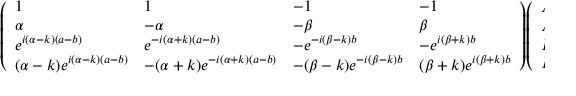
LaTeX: { \left( \begin{array} { l l l l } { 1 } & { 1 } & { - 1 } & { - 1 } \\ { \alpha } & { - \alpha } & { - \beta } & { \beta } \\ { e ^ { i ( \alpha - k ) ( a - b ) } } & { e ^ { - i ( \alpha + k ) ( a - b ) } } & { - e ^ { - i ( \beta - k ) b } } & { - e ^ { i ( \beta + k ) b } } \\ { ( \alpha - k ) e ^ { i ( \alpha - k ) ( a - b ) } } & { - ( \alpha + k ) e ^ { - i ( \alpha + k ) ( a - b ) } } & { - ( \beta - k ) e ^ { - i ( \beta - k ) b } } & { ( \beta + k ) e ^ { i ( \beta + k ) b } } \end{array} \right) } { \left( \begin{array} { l } { A } \\ { A ^ { \prime } } \\ { B } \\ { B ^ { \prime } } \end{array} \right) } = { \left( \begin{array} { l } { 0 } \\ { 0 } \\ { 0 } \\ { 0 } \end{array} \right) } .